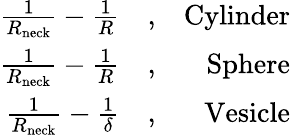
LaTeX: \begin{array}{rlr}{\frac{1}{R_{\mathrm{neck}}}-\frac{1}{R}}&{,}&{\mathrm{Cylinder}}\\ {\frac{1}{R_{\mathrm{neck}}}-\frac{1}{R}}&{,}&{\mathrm{Sphere}}\\ {\frac{1}{R_{\mathrm{neck}}}-\frac{1}{\delta}}&{,}&{\mathrm{Vesicle}}\end{array}